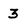
Character: 3